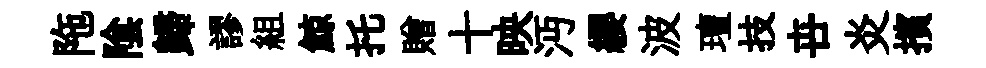
陁隂歸謬組鯨托贈十映沔纓波璮技卋炎擯